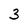
Character: 3